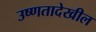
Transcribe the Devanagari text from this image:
उष्णतादेखील